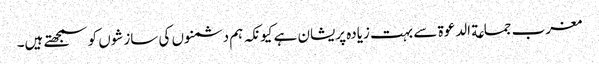
مغرب جماعة الدعوة سے بہت زیادہ پریشان ہے کیونکہ ہم دشمنوں کی سازشوں کو سمجھتے ہیں۔